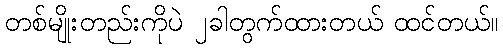
တစ်မျိုးတည်းကိုပဲ ၂ခါတွက်ထားတယ် ထင်တယ်။